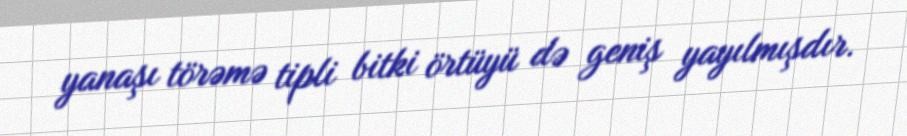
yanaşı törəmə tipli bitki örtüyü də geniş yayılmışdır.